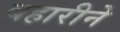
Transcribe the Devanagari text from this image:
बहारीने